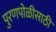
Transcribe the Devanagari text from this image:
पुरणपोळीसाठी